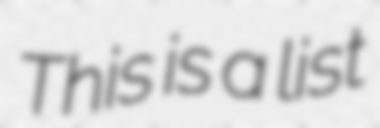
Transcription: This is a list